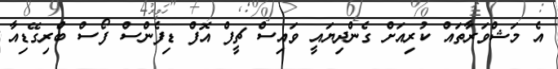
އެ މަޝްވަރާތައް ކުރިއަށް ގެންދިޔައީ ވައިސް ޗީފް އޮފް ޑިފެންސް ފޯސް ބްރިގޭޑިއާ